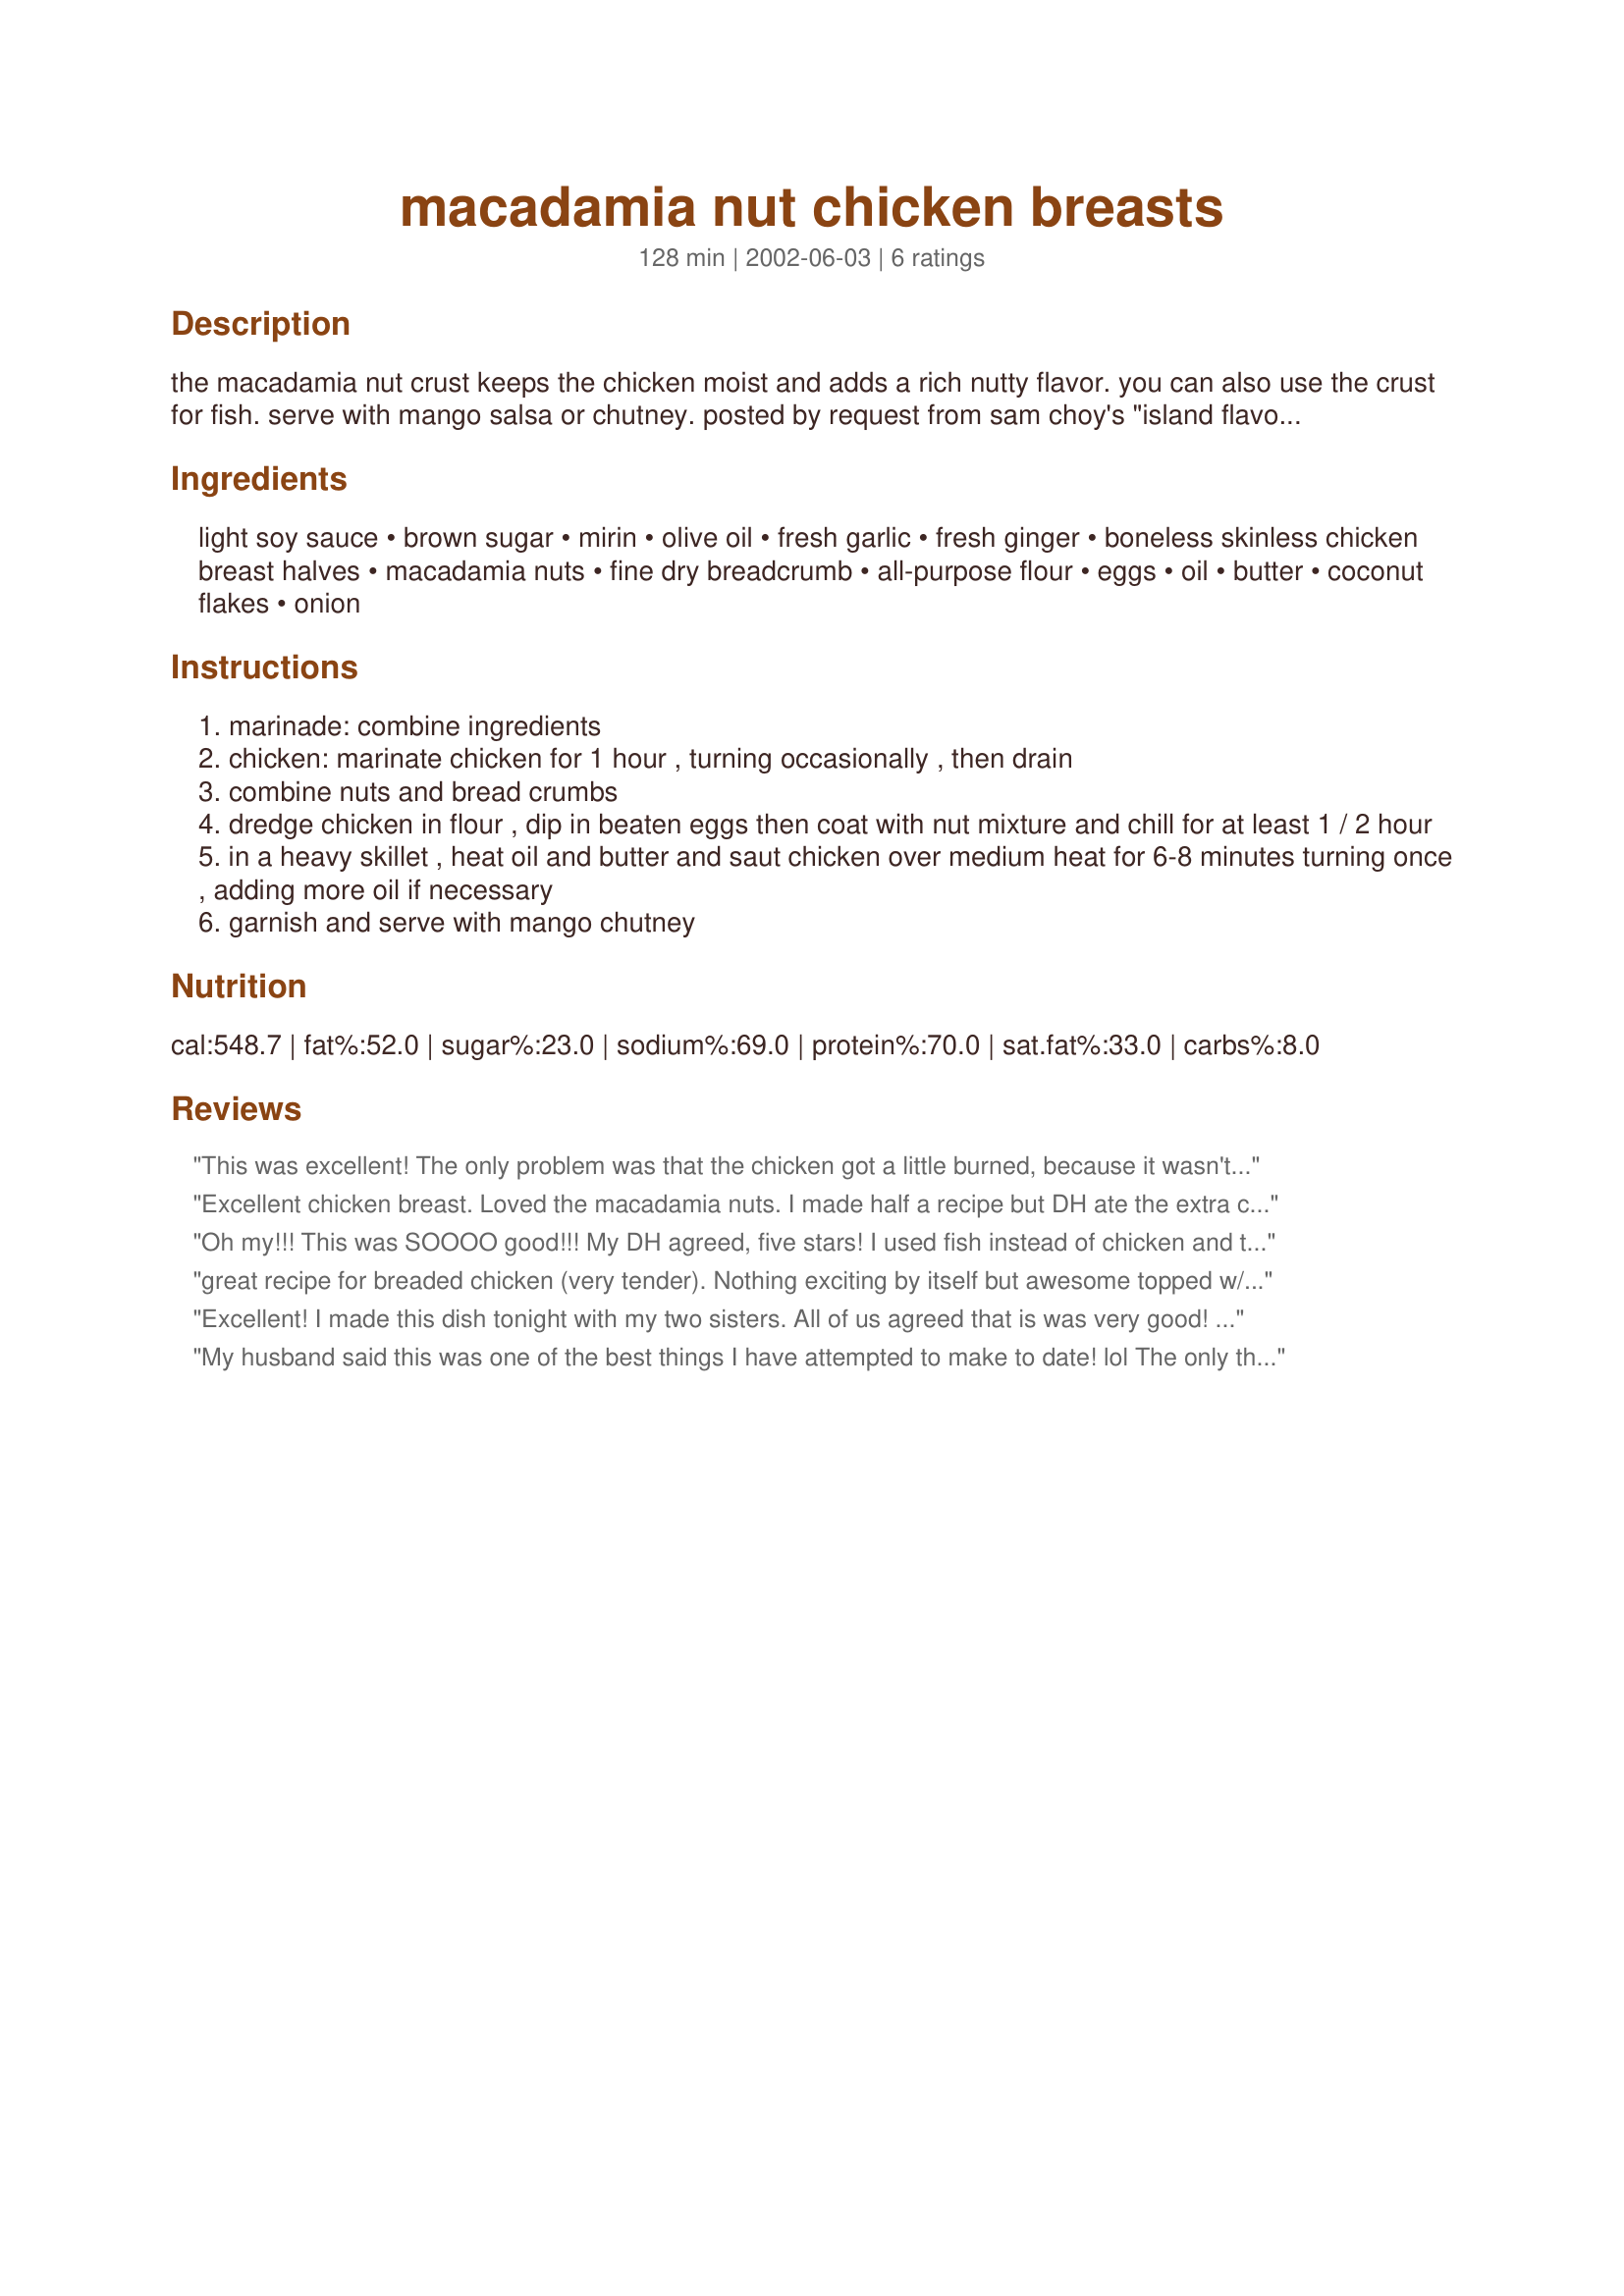
macadamia nut chicken breasts
Preparation time: 128 minutes

the macadamia nut crust keeps the chicken moist and adds a rich nutty flavor. you can also use the crust for fish. serve with mango salsa or chutney. posted by request from sam choy's "island flavors". prep time includes marinating and chilling.

Ingredients:
light soy sauce, brown sugar, mirin, olive oil, fresh garlic, fresh ginger, boneless skinless chicken breast halves, macadamia nuts, fine dry breadcrumb, all-purpose flour, eggs, oil, butter, coconut flakes, onion

Steps:
marinade: combine ingredients
chicken: marinate chicken for 1 hour , turning occasionally , then drain
combine nuts and bread crumbs
dredge chicken in flour , dip in beaten eggs then coat with nut mixture and chill for at least 1 / 2 hour
in a heavy skillet , heat oil and butter and saut chicken over medium heat for 6-8 minutes turning once , adding more oil if necessary
garnish and serve with mango chutney

Reviews:
This was excellent! The only problem was that the chicken got a little burned, because it wasn't cooked through, when it was nicely browned. Next time, I will pound the chicken breasts thinner. Even so, it was crunchy and had a really great taste. Thanks!
Excellent chicken breast. Loved the macadamia nuts. I made half a recipe but DH ate the extra chicken with sauce. Served with Recipe #60331 and Recipe #170604. Great meal!
Oh my!!! This was SOOOO good!!! My DH agreed, five stars! I used fish instead of chicken and this was my first attempt at macadamia crusted fish and I am so glad that I found the perfect recipe! The macadamia nuts and the panko crumbs are the perfect combination. I served the fish with some coconut rice and Thai red curry sauce. The results made me feel like a gourmet coook! The only modification that I did to this recipe was that I only used 1/4 cup soy sauce and added 1/4 cup of water to the marinade because I didn't know if the soy sauce that I was using was considered light (it was the standard Kikoman kind).
great recipe for breaded chicken (very tender). Nothing exciting by itself but awesome topped w/ black bean mango salsa. I flattened my chicken breasts a bit and I didn't have rice wine so I used Riesling instead
Excellent! I made this dish tonight with my two sisters. All of us agreed that is was very good! The marinade smelled fantastic! The chicken turned out very tender. I know I will be making this again. YUMMM!
My husband said this was one of the best things I have attempted to make to date! lol The only thing I did differently was I baked the chicken breasts instead of sautÃ©ing them! I cooked them or about 45 minutes at 400 degrees. They were amazing! They reminded me of the Macadamia Nut Chicken at the Kona Grill Restaurant! We will serve them at our next "asian/pacific rim" themed dinner party! :-)
